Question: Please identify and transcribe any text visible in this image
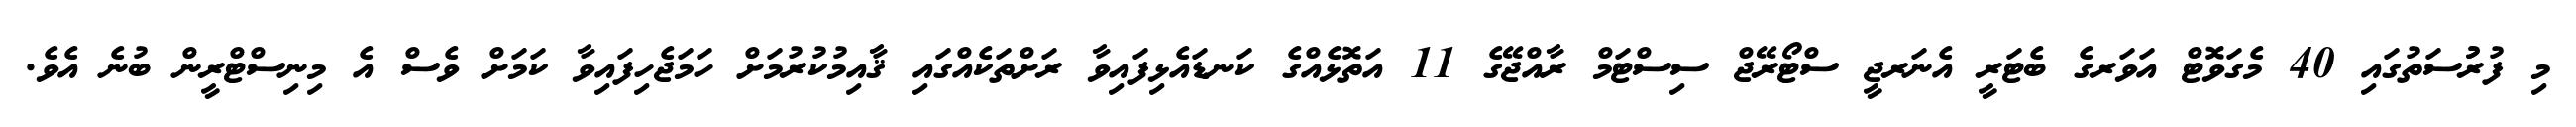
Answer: މި ފުރުުސަތުގައި 40 މެގަވޮޓް އަވަރގެ ބެޓަރީ އެނަރޖީ ސްޓޯރޭޖް ސިސްޓަމް ރާއްޖޭގެ 11 އަތޮޅެއްގެ ކަނޑައެޅިފައިވާ ރަށްތަކެއްގައި ޤާއިމުކުރުމަށް ހަމަޖެހިފައިވާ ކަމަށް ވެސް އެ މިނިސްޓްރީން ބުނެ އެވެ.